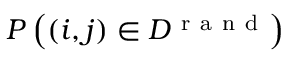
P \left( ( i , j ) \in { \cal D } ^ { \mathrm { ~ r ~ a ~ n ~ d ~ } } \right)